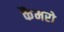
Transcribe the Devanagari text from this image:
कैमरो